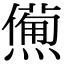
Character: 𤏹